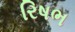
રિષભ